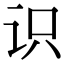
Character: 识